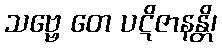
သဗ္ဗေ တေ ပဋိဇာနန္တိ၊